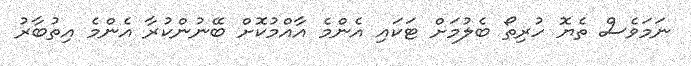
ނަމަވެސް ތެޔޮ ހުރިތޯ ބެލުމަށް ޓަކައި އެންމެ އާއްމުކޮށް ބޭނުންކުރާ އެންމެ އިތުބާރު